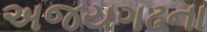
અજયગઢના